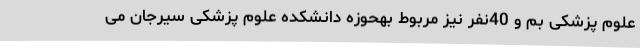
علوم پزشکی بم و 40نفر نیز مربوط بهحوزه دانشکده علوم پزشکی سیرجان می